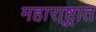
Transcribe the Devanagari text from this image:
महारा्ष्ट्रात